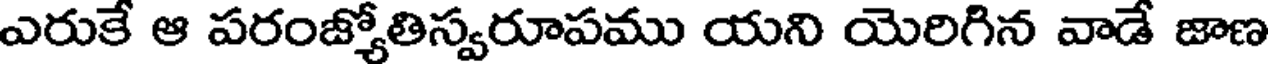
ఎరుకే ఆ పరంజ్యోతిస్వరూపము యని యెరిగిన వాడే జాణ